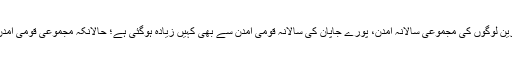
پیسے کا ارتکاز اتنا ہوچکا کہ دنیا کے 1810 امیر ترین لوگوں کی مجموعی سالانہ آمدن، پورے جاپان کی سالانہ قومی آمدن سے بھی کہیں زیادہ ہوگئی ہے؛ حالانکہ مجموعی قومی آمدن کے حوالے سے جاپان دنیا میں چوتھے نمبر پر ہے۔